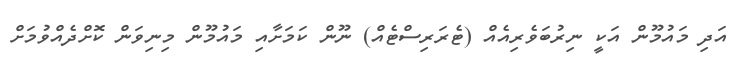
އަދި މައުމޫން އަކީ ނިރުބަވެރިއެއް (ޓެރަރިސްޓެއް) ނޫން ކަމަށާއި މައުމޫން މިނިވަން ކޮށްދެއްވުމަށް